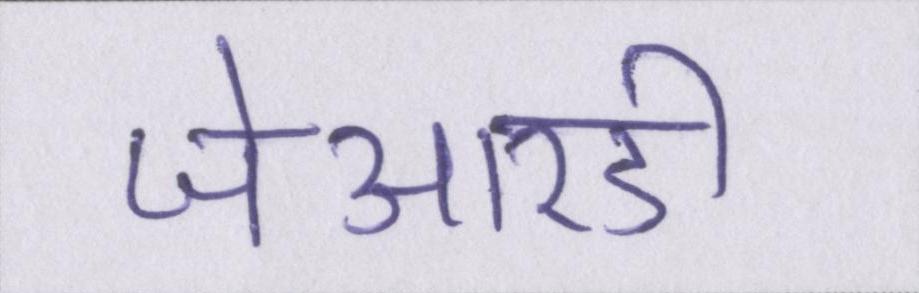
जेआरडी